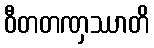
ဝီတတဏှဿာတိ